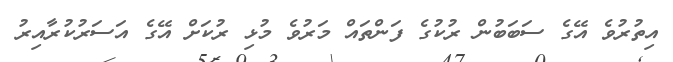
އިތުރުވެ އޭގެ ސަބަބުން ރުކުގެ ފަންތައް މަރުވެ މުޅި ރުކަށް އޭގެ އަސަރުކުރާއިރު